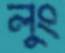
লুং